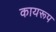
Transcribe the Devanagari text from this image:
कायरूप